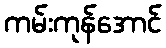
ကမ်းကုန်အောင်